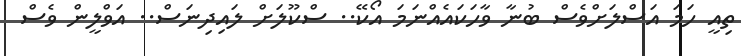
ތިއީ ހަމަ އަސްލަށްވެސް ބުނާ ވާހަކައެއްނަމަ އޯކޭ.. ސްކޫލަށް ލައިދިނަސް.. އަވްލީން ވެސް